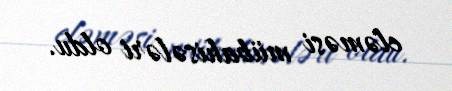
eləməsi mübahisələri oldu.